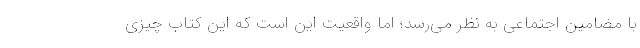
با مضامین اجتماعی به نظر می‌رسد؛ اما واقعیت این است که این کتاب چیزی